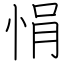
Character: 悁